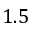
1 . 5